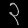
Digit: ၃